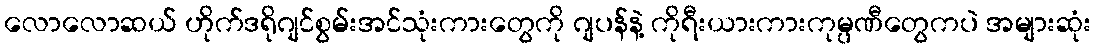
လောလောဆယ် ဟိုက်ဒရိုဂျင်စွမ်းအင်သုံးကားတွေကို ဂျပန်နဲ့ ကိုရီးယားကားကုမ္ပဏီတွေကပဲ အများဆုံး